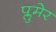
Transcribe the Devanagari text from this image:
प्लुमेर